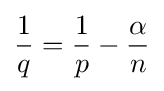
{\frac {1}{q}}={\frac {1}{p}}-{\frac {\alpha }{n}}